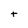
Character: t